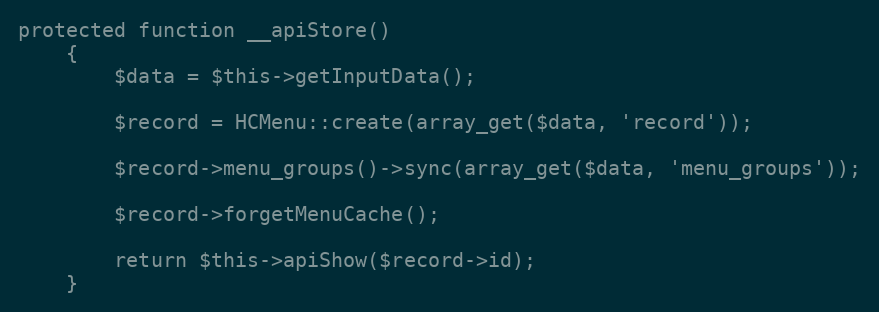
Language: PHP
protected function __apiStore()
    {
        $data = $this->getInputData();

        $record = HCMenu::create(array_get($data, 'record'));

        $record->menu_groups()->sync(array_get($data, 'menu_groups'));

        $record->forgetMenuCache();

        return $this->apiShow($record->id);
    }